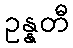
ဥန္နတီ